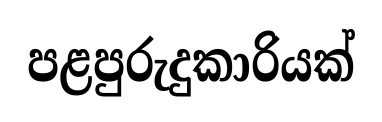
පළපුරුදුකාරියක්